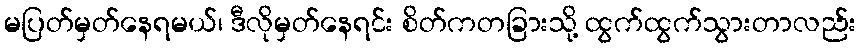
မပြတ်မှတ်နေရမယ်၊ ဒီလိုမှတ်နေရင်း စိတ်ကတခြားသို့ ထွက်ထွက်သွားတာလည်း